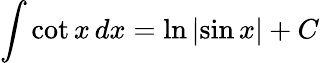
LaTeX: \int\cot{x}\, dx=\ln{\left|\sin{x}\right|}+C